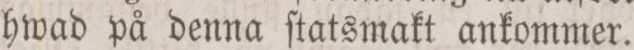
hwad på denna ſtatsmakt ankommer.